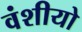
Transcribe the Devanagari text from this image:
वंशीयो